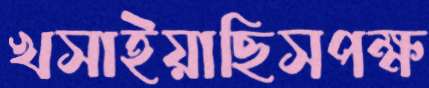
খসাইয়াছিসপক্ষ